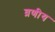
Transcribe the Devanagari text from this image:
व्रणीय